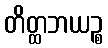
တိတ္ထဘယဉ္စ